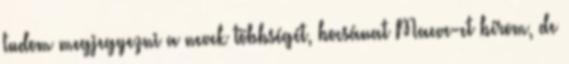
tudom megjegyezni a nevek többségét, bocsánat Maeve-et bírom, de